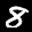
Label: 8